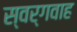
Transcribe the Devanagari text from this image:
स्वर्गवाह